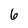
Character: 6